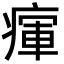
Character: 瘒